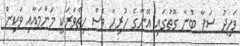
ވަހީދު ސަފާ ބުނާ ގޮތުގައި އޭނާގެ ހުރިހާ ވެސް ހިތްވަރަކީ މަންމައާއި ވަކިން